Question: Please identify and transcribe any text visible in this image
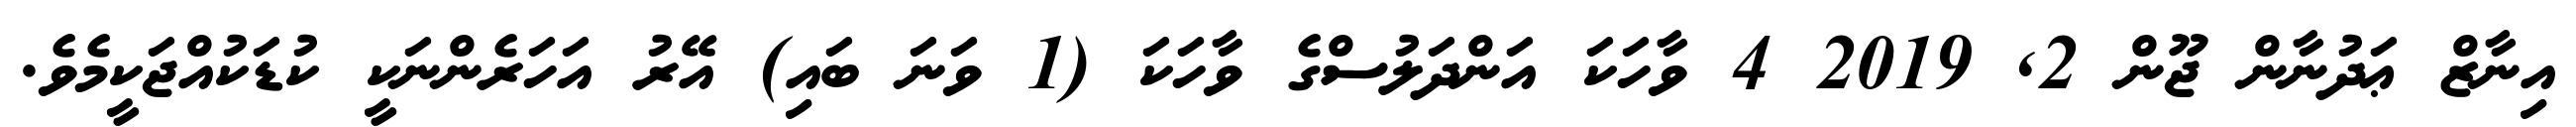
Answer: އިނާޒް ޢަދުނާން ޖޫން 2, 2019 4 ވާހަކަ އަންދަލުސްގެ ވާހަކަ (1 ވަނަ ބައި) އޭރު އަހަރެންނަކީ ކުޑަކުއްޖަކީމެވެ.